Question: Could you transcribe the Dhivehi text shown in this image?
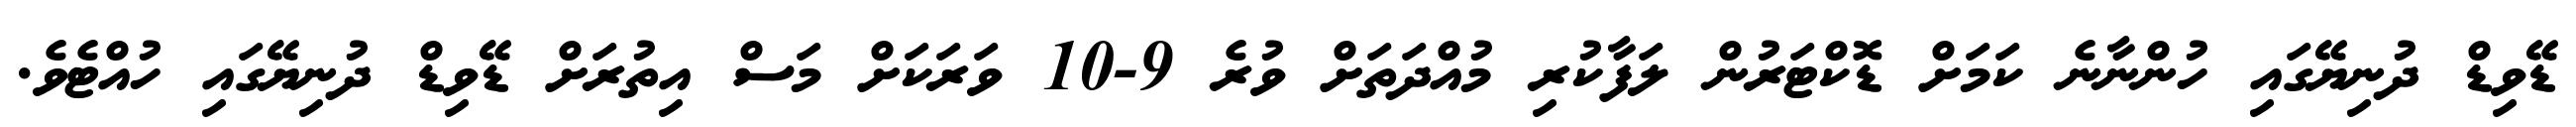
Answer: ޑޭވިޑް ދުނިޔޭގައި ހުންނާނެ ކަމަށް ޑޮކްޓަރުން ލަފާކުރި މުއްދަތަށް ވުރެ 9-10 ވަރަކަށް މަސް އިތުރަށް ޑޭވިޑް ދުނިޔޭގައި ހުއްޓެވެ.